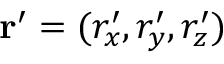
\mathbf { r } ^ { \prime } = ( r _ { x } ^ { \prime } , r _ { y } ^ { \prime } , r _ { z } ^ { \prime } )